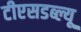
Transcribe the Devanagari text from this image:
टीएसडब्ल्यू